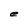
Character: e